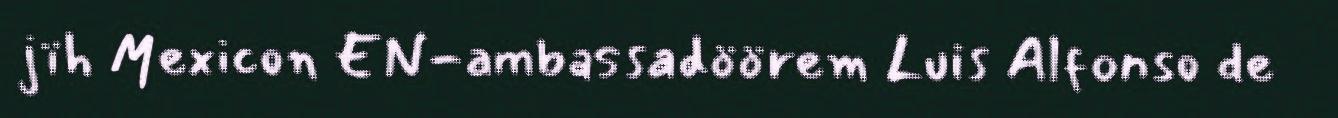
jïh Mexicon EN-ambassadöörem Luis Alfonso de